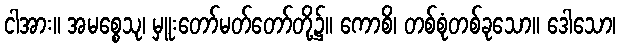
ငါအား။ အမစ္စေသု၊ မှူးတော်မတ်တော်တို့၌။ ကောစိ၊ တစ်စုံတစ်ခုသော။ ဒေါသော၊